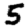
Digit: 5